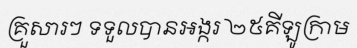
គ្រួសារៗ ទទួលបានអង្ករ ២៥គីឡូក្រាម